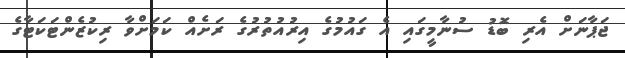
ޖަޕާނަށް އެރި ބޮޑު ސުނާމީގައި އެ ގައުމުގެ އިރުއުތުރުގެ ރަށެއް ކަމަށްވާ ރިކުޒެންޓަކަޓާގެ